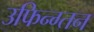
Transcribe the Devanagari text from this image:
उफिन्ग्तन